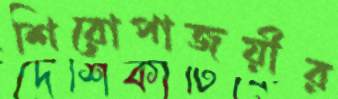
শিরোপাজয়ীর